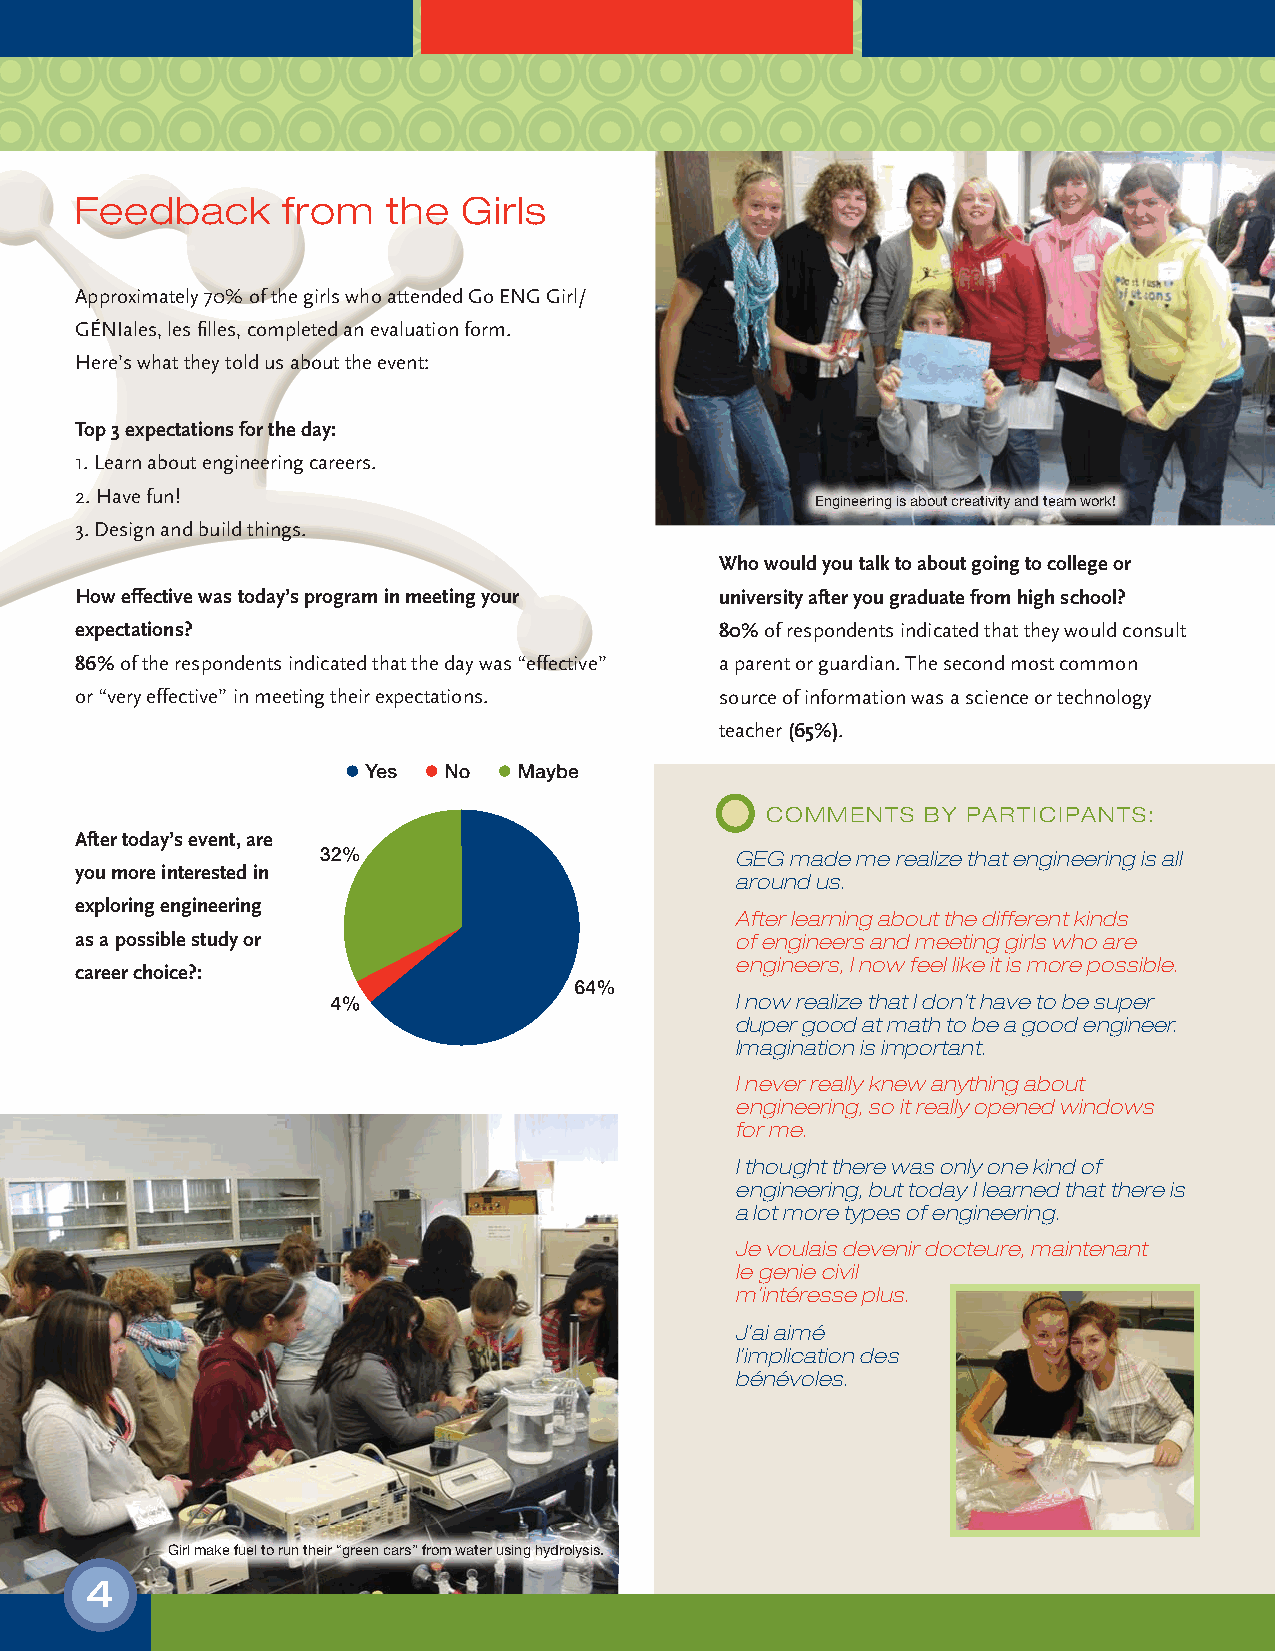
Feedback      from   the  Girls
 Approximately 70% of the girls who attended Go ENG Girl/
 GÉNIales, les fi lles, completed an evaluation form.
 Here’s what they told us about the event:
 Top 3 expectations for the day:
 1. Learn about engineering careers.
 2. Have fun!
 Engineering is about creativity and team work!
 3. Design and build things.
 Who would you talk to about going to college or
 How effective was today’s program in meeting your university after you graduate from high school?
 expectations?                              80% of respondents indicated that they would consult
 86% of the respondents indicated that the day was “effective” a parent or guardian. The second most common
 or “very effective” in meeting their expectations. source of information was a science or technology
 teacher (65%).
 COMMENTS  BY PARTICIPANTS:
 After today’s event, are
 GEG made me realize that engineering is all
 you more interested in
 around us.
 exploring engineering
 After learning about the different kinds
 as a possible study or                      of engineers and meeting girls who are
 engineers, I now feel like it is more possible.
 career choice?:
 I now realize that I don’t have to be super
 duper good at math to be a good engineer.
 Imagination is important.
 I never really knew anything about
 engineering, so it really opened windows
 for me.
 I thought there was only one kind of
 engineering, but today I learned that there is
 a lot more types of engineering.
 Je voulais devenir docteure, maintenant
 le genie civil
 m’intéresse plus.
 J’ai aimé
 l’implication des
 bénévoles.
 Girl make fuel to run their “green cars” from water using hydrolysis.
 4